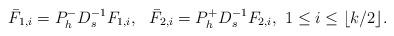
LaTeX: \begin{align*} \bar{F}_{1,i}=P_h^{-}D_s^{-1}F_{1,i},\ \ \bar{F}_{2,i}=P_h^{+}D_s^{-1}F_{2,i},\ 1\le i \le \lfloor k/2 \rfloor.\end{align*}